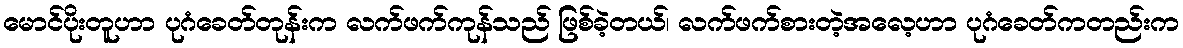
မောင်ပိုးတူဟာ ပုဂံခေတ်တုန်းက လက်ဖက်ကုန်သည် ဖြစ်ခဲ့တယ်၊ လက်ဖက်စားတဲ့အလေ့ဟာ ပုဂံခေတ်ကတည်းက